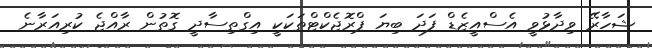
ޝަހާރޭ ވިދާޅުވީ އެސްއީޒެޑް ފަދަ ބިޔަ ޕްރޮޖެކްޓްތަކަކީ އިގްތިސާދީ ގޮތުން ރާއްޖެ ކުރިއަރާނެ